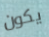
يكون